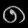
Digit: ၈